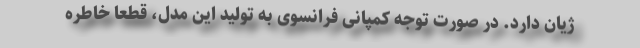
ژیان دارد. در صورت توجه کمپانی فرانسوی به تولید این مدل، قطعا خاطره